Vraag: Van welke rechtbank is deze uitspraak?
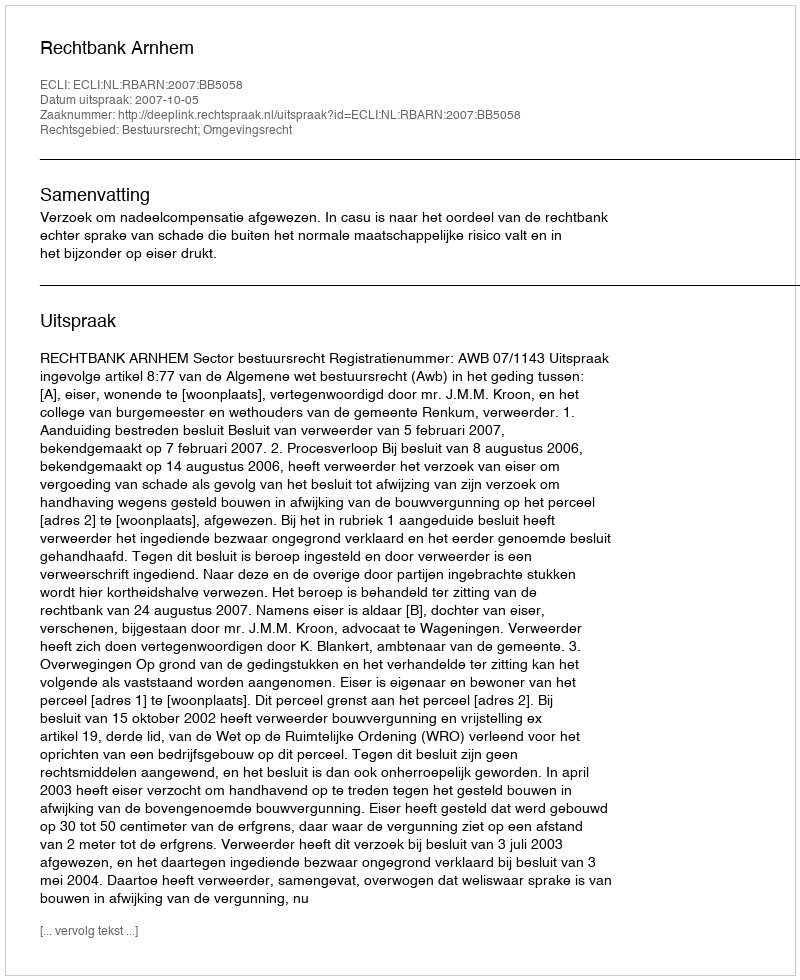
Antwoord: Rechtbank Arnhem